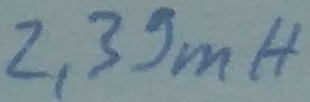
Text: 2,39mH